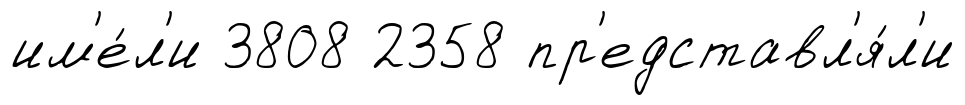
им'е́л'и 3808 2358 пр'едставл'я́л'и